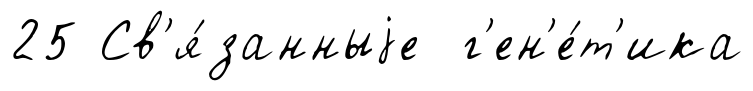
25 Св'я́занныjе г'ен'е́т'ика